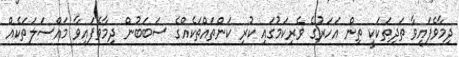
ދިމާވެފައިވާ ތަދިތަކަކީ ތިން އަހަރުގެ ވެރިކަމުގައި ކުރި ކަންތައްތަކެއްގެ ސަބަބުން ދިމާވެފައިވާ މައްސަލަތަކެއް